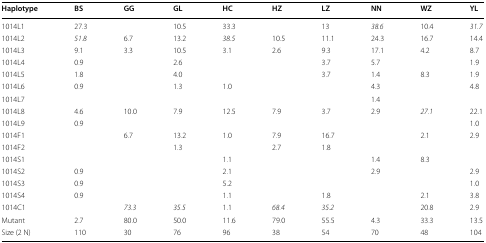
<table><thead><tr><td><b>Haplotype</b></td><td><b>BS</b></td><td><b>GG</b></td><td><b>GL</b></td><td><b>HC</b></td><td><b>HZ</b></td><td><b>LZ</b></td><td><b>NN</b></td><td><b>WZ</b></td><td><b>YL</b></td></tr></thead><tbody><tr><td>1014L1</td><td>27.3</td><td></td><td>10.5</td><td>33.3</td><td></td><td>13</td><td><i>38.6</i></td><td>10.4</td><td><i>31.7</i></td></tr><tr><td>1014L2</td><td><i>51.8</i></td><td>6.7</td><td>13.2</td><td><i>38.5</i></td><td>10.5</td><td>11.1</td><td>24.3</td><td>16.7</td><td>14.4</td></tr><tr><td>1014L3</td><td>9.1</td><td>3.3</td><td>10.5</td><td>3.1</td><td>2.6</td><td>9.3</td><td>17.1</td><td>4.2</td><td>8.7</td></tr><tr><td>1014L4</td><td>0.9</td><td></td><td>2.6</td><td></td><td></td><td>3.7</td><td>5.7</td><td></td><td>1.9</td></tr><tr><td>1014L5</td><td>1.8</td><td></td><td>4.0</td><td></td><td></td><td>3.7</td><td>1.4</td><td>8.3</td><td>1.9</td></tr><tr><td>1014L6</td><td>0.9</td><td></td><td>1.3</td><td>1.0</td><td></td><td></td><td>4.3</td><td></td><td>4.8</td></tr><tr><td>1014L7</td><td></td><td></td><td></td><td></td><td></td><td></td><td>1.4</td><td></td><td></td></tr><tr><td>1014L8</td><td>4.6</td><td>10.0</td><td>7.9</td><td>12.5</td><td>7.9</td><td>3.7</td><td>2.9</td><td><i>27.1</i></td><td>22.1</td></tr><tr><td>1014L9</td><td>0.9</td><td></td><td></td><td></td><td></td><td></td><td></td><td></td><td>1.0</td></tr><tr><td>1014F1</td><td></td><td>6.7</td><td>13.2</td><td>1.0</td><td>7.9</td><td>16.7</td><td></td><td>2.1</td><td>2.9</td></tr><tr><td>1014F2</td><td></td><td></td><td>1.3</td><td></td><td>2.7</td><td>1.8</td><td></td><td></td><td></td></tr><tr><td>1014S1</td><td></td><td></td><td></td><td>1.1</td><td></td><td></td><td>1.4</td><td>8.3</td><td></td></tr><tr><td>1014S2</td><td>0.9</td><td></td><td></td><td>2.1</td><td></td><td></td><td>2.9</td><td></td><td>2.9</td></tr><tr><td>1014S3</td><td>0.9</td><td></td><td></td><td>5.2</td><td></td><td></td><td></td><td></td><td>1.0</td></tr><tr><td>1014S4</td><td>0.9</td><td></td><td></td><td>1.1</td><td></td><td>1.8</td><td></td><td>2.1</td><td>3.8</td></tr><tr><td>1014C1</td><td></td><td><i>73.3</i></td><td><i>35.5</i></td><td>1.1</td><td><i>68.4</i></td><td><i>35.2</i></td><td></td><td>20.8</td><td>2.9</td></tr><tr><td>Mutant</td><td>2.7</td><td>80.0</td><td>50.0</td><td>11.6</td><td>79.0</td><td>55.5</td><td>4.3</td><td>33.3</td><td>13.5</td></tr><tr><td>Size (2 N)</td><td>110</td><td>30</td><td>76</td><td>96</td><td>38</td><td>54</td><td>70</td><td>48</td><td>104</td></tr></tbody></table>